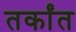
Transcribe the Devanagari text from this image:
तर्कांत